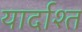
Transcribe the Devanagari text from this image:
यार्दाश्त